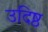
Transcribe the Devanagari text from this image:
उदिष्ठ